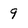
Character: 9